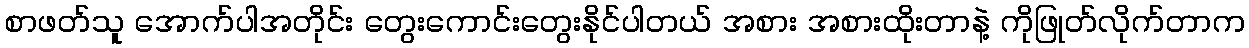
စာဖတ်သူ အောက်ပါအတိုင်း တွေးကောင်းတွေးနိုင်ပါတယ် အစား အစားထိုးတာနဲ့ ကိုဖြုတ်လိုက်တာက